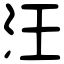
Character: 汪